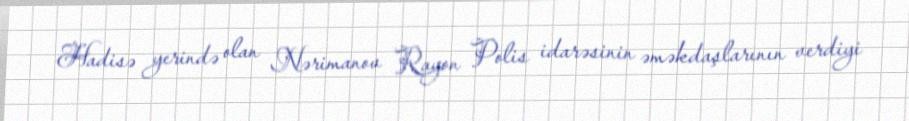
Hadisə yerində olan Nərimanov Rayon Polis idarəsinin əməkdaşlarının verdiyi